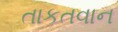
તાકતવાન